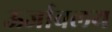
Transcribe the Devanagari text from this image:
ऊर्जावलय